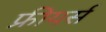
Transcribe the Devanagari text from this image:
फ्रीयर्स